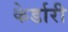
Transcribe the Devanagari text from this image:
केर्डारी